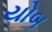
યોબ